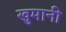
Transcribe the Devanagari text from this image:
खुमानी